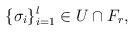
LaTeX: \begin{align*}\{\sigma_i\}_{i=1}^l \in U \cap F_r,\end{align*}